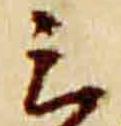
云